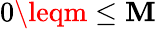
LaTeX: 0\leqm\leq\mathbf{M}